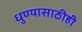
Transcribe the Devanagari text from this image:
धुण्यासाठीही